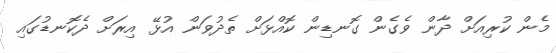
މެން ކުރިއަށް ދާން ވެގެން ގޮނޑިން ކޮއްޅަށް ތެދުވަން އުޅޭ އިރަށް ދެކޮނޑުގައި